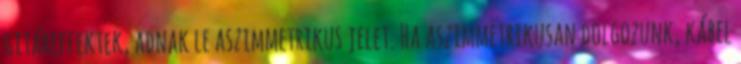
gitáreffektek, adnak le aszimmetrikus jelet. Ha aszimmetrikusan dolgozunk, kábel